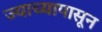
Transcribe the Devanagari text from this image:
ज्याच्यापासून